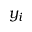
y _ { i }